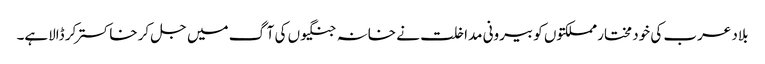
بلاد عرب کی خود مختار مملکتوں کو بیرونی مداخلت نے خانہ جنگیوں کی آگ میں جل کر خاکستر کر ڈالاہے۔